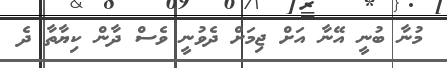
މުނާ ބުނީ އޭނާ އަށް ޖިމަށް ދެވުނީ ވެސް ދާން ކިޔާތާ ދެ